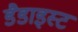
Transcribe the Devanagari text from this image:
डैडाइस्ट